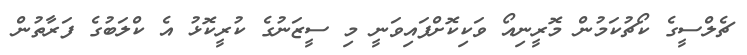
ޗެލްސީގެ ކޯޗުކަމުން މޮރީނިއޯ ވަކިކޮށްފައިވަނީ މި ސީޒަނުގެ ކުރީކޮޅު އެ ކްލަބުގެ ފަރާތުން